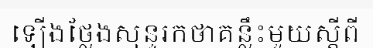
ឡើងថ្លែងសុន្ទរកថាគន្លឹះមួយស្តីពី